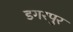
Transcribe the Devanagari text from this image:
डगरपुर